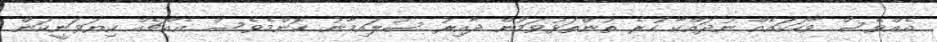
އެއްވެސް ވާހަކައެއް ނުދައްކާ ހުރެ ތުންތަޅުވަމުން ދާއިރު ސުލައިމާނު ކޮންމެވެސް އެއްޗެއް ކިޔަވަނީކަން